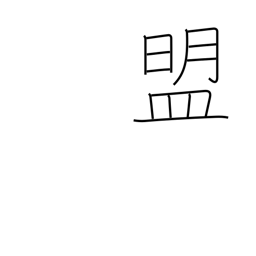
Meaning: oath